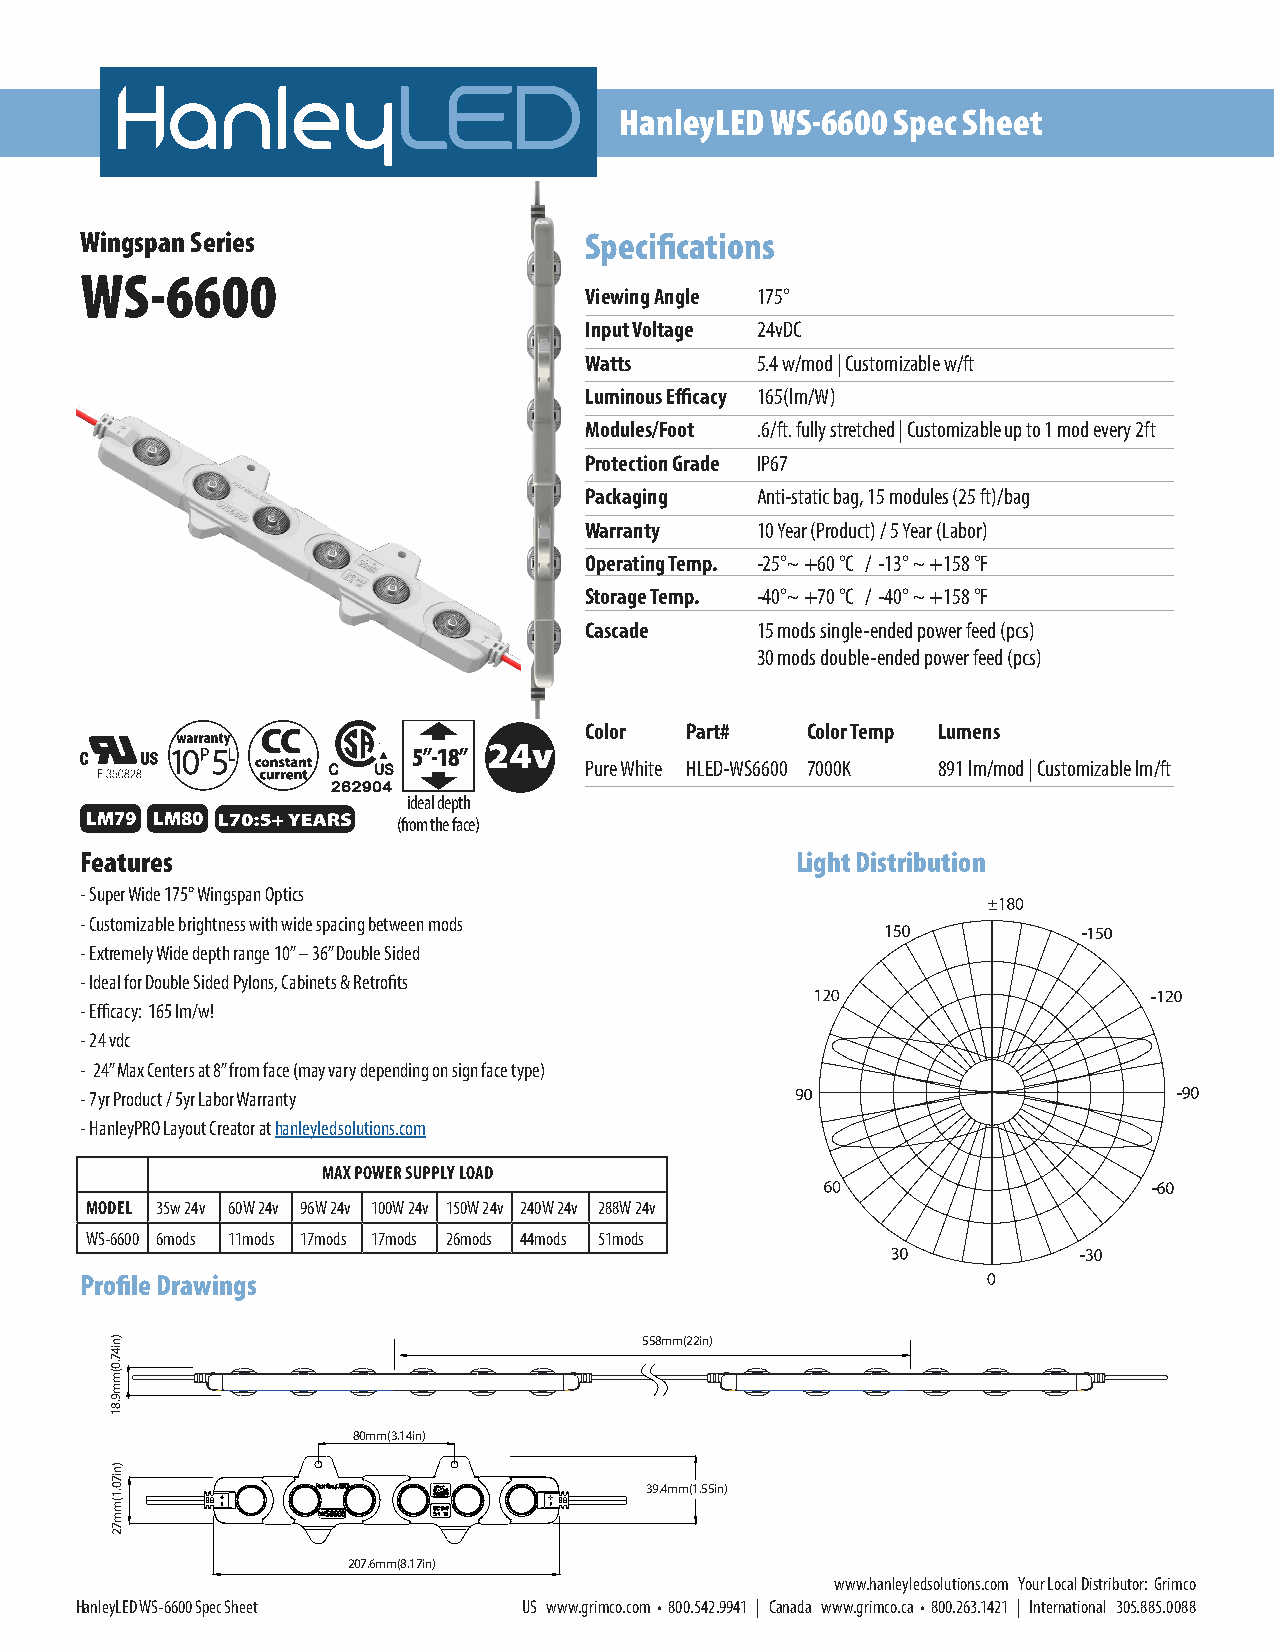
HanleyLED WS-6600 Spec Sheet
 Wingspan Series                   Specifications
 WS-6600
 Viewing Angle 175°
 Input Voltage 24vDC
 Watts      5.4 w/mod | Customizable w/ft
 Luminous Efficacy 165(lm/W)
 Modules/Foot .6/ft. fully stretched | Customizable up to 1 mod every 2ft
 Protection Grade IP67
 Packaging  Anti-static bag, 15 modules (25 ft)/bag
 Warranty   10 Year (Product) / 5 Year (Labor)
 Operating Temp. -25°~ +60 °C / -13° ~ +158 °F
 Storage Temp. -40°~ +70 °C / -40° ~ +158 °F
 Cascade    15 mods single-ended power feed (pcs)
 30 mods double-ended power feed (pcs)
 Color Part#   Color Temp Lumens
 5”-18”
 Pure White HLED-WS6600 7000K 891 lm/mod | Customizable lm/ft
 ideal depth
 LM79 LM80           (from the face)
 Features                                        Light Distribution
 - Super Wide 175° Wingspan Optics
 - Customizable brightness with wide spacing between mods
 - Extremely Wide depth range 10” – 36” Double Sided
 - Ideal for Double Sided Pylons, Cabinets & Retrofits
 - Efficacy: 165 lm/w!
 - 24 vdc
 - 24” Max Centers at 8” from face (may vary depending on sign face type)
 - 7yr Product / 5yr Labor Warranty
 - HanleyPRO Layout Creator at hanleyledsolutions.com
 MAX POWER SUPPLY LOAD
 MODEL 35w 24v 60W 24v 96W 24v 100W 24v 150W 24v 240W 24v 288W 24v
 WS-6600 6mods 11mods 17mods 17mods 26mods 44mods 51mods
 Profile Drawings
 558mm(22in)
 80mm(3.14in)
 39.4mm(1.55in)
 207.6mm(8.17in)
 www.hanleyledsolutions.com Your Local Distributor: Grimco
 HanleyLED WS-6600 Spec Sheet  US www.grimco.com • 800.542.9941 | Canada www.grimco.ca • 800.263.1421 | International 305.885.0088
 )ni47.0(mm9.81
 )ni70.1(mm72